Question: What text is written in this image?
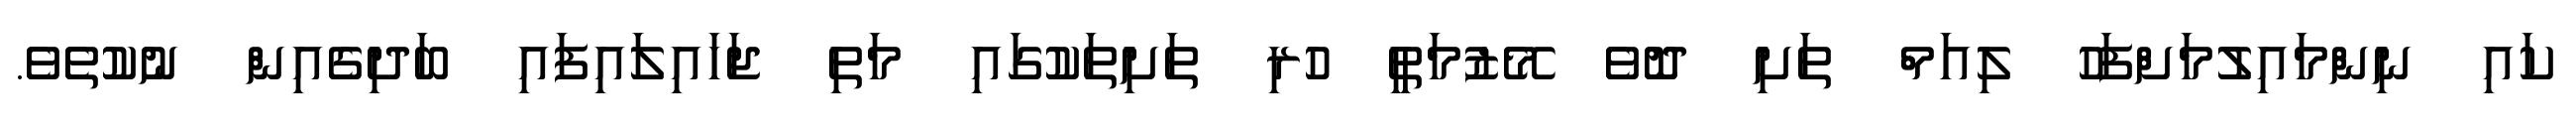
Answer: ކައި ނިންމައިލުމަށްފަހު ލިއަމް ތަށި ދޮވެ މޭޒުމަތީ ހުރި ތަށިތަކުގައި މަތި ޖަހައިލައިފައި ބަދިގެއިން ނުކުތެވެ.